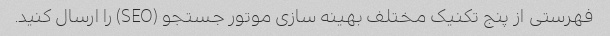
فهرستی از پنج تکنیک مختلف بهینه سازی موتور جستجو (SEO) را ارسال کنید.